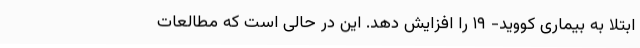
ابتلا به بیماری کووید- ۱۹ را افزایش دهد. این در حالی است که مطالعات